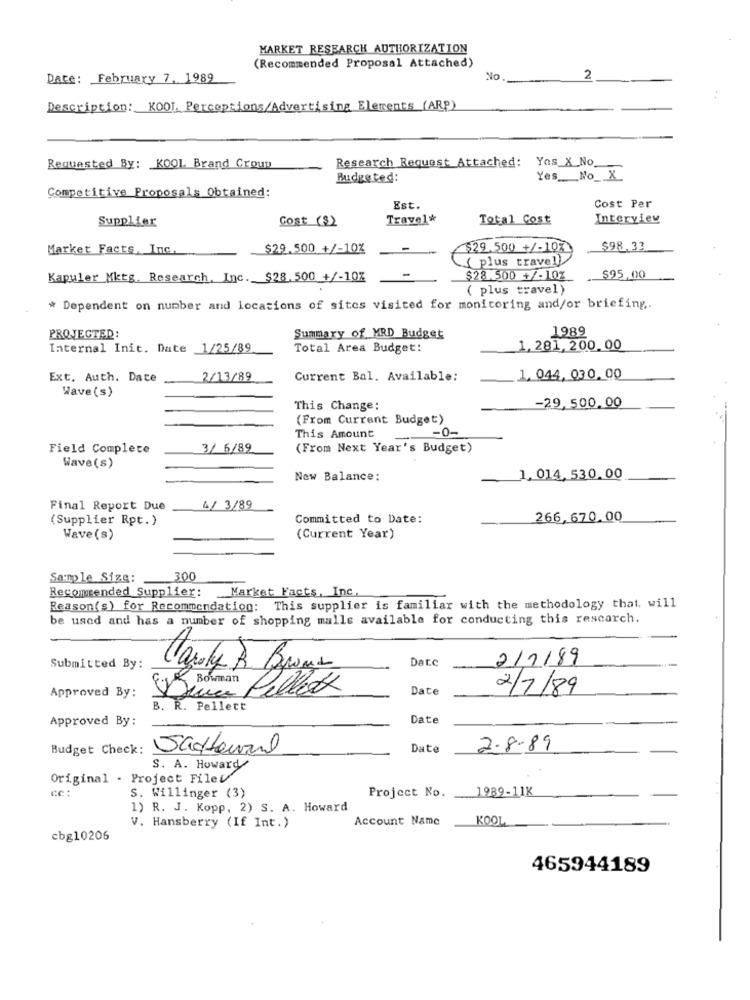
MARKET RESEARCH AUTHORIZATION
(Recommended Proposal Attached)
Date: February 7. 1989
No
2
Description: KOOL Perceptions/Advertising Elements (ARP)
Research Request Attached:
Yos_X_No.
Requested By: KOOL Brand Croup
Budgeted:
Yes __ No __ X
Competitive Proposals Obtained:
Est.
Cost Per
Supplier
Cost (S)
Travel&
Total Cost
Interview
Market Facts, Inc.
$29.500 +/-10%
-
$29.500 +/-107
$98.33
( plus travel)
Kapuler Mktg. Research, Inc. $28.500 +/-10%
-
$28.500 +/-10%
$95.00
( plus travel)
# Dependent on number and locations of sites visited for monitoring and/or briefing.
1989
PROJECTED:
Summary of MRD Budget
Internal Init. Date 1/25/89
Total Area Budget:
1,281, 200.00
Ext. Auth. Date
2/13/89
Current Bal. Available:
1, 044, 030 00
Wave(s)
This Change:
-29.500.00
(From Current Budget)
-0-
This Amount
Field Complete
3/ 6/89
(From Next Year's Budget)
Wave(s)
New Balance:
1. 014,530.00
Final Report Due
4/ 3/89
(Supplier Rpt.)
Committed to Date:
266,670.00
Wave (s)
(Current Year)
Sample Size:
300
Recommended Supplier: Market Facts, Inc.
Reason(s) for Recommendation: This supplier is familiar with the methodology that. will
be used and has a number of shopping malls available for conducting this rescarch.
Date
2/7/89
Submitted By:
EK Bowman Calix
Date
2/7/89
Approved By:
B. R. Pellett
Approved By:
Date
Budget Check:
Sacheurl
0
Date
2.8.89
S. A. Howard
Original - Project FileV
cc:
1989-11K
S. Willinger (3)
Project No.
1) R. J. Kopp, 2) S. A. Howard
Account Name
KOOL
V. Hansberry (If Int.)
cbg10206
465944189